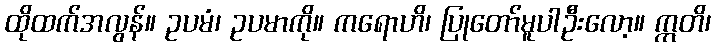
ထိုထက်အလွန်။ ဥပမံ၊ ဥပမာကို။ ကရောဟိ၊ ပြုတော်မူပါဦးလော့။ ဣတိ၊